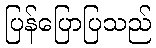
ပြန်ပြောပြသည်